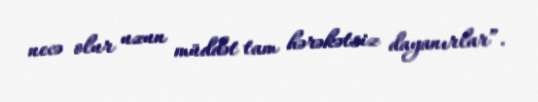
necə olur uzun müddət tam hərəkətsiz dayanırlar”.